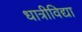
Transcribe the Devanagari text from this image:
धात्रीविद्या